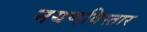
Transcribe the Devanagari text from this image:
नयणविस्तार